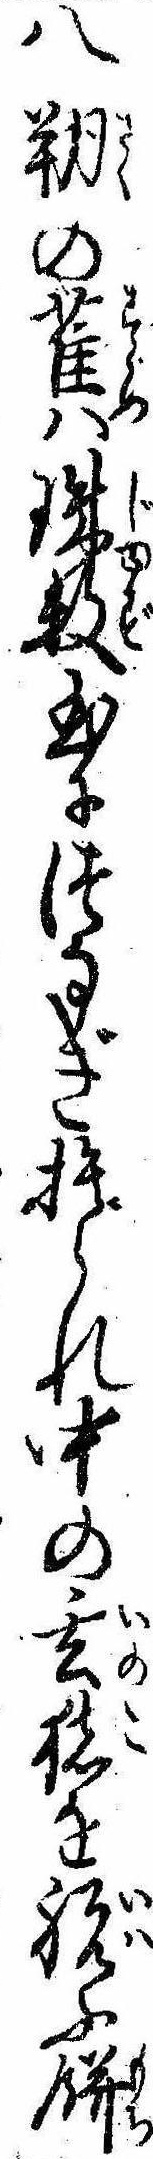
八朔の雀は珠数玉につなぎ捨られ中の玄猪を祝ふ餅